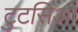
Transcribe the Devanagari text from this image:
टुटसिओं